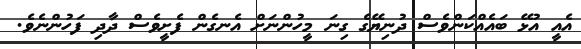
އެއީ އުޅޭ ބައެއްކަންވެސް ދުނިޔޭގެ ގިނަ މީހުންނަށް އެނގެން ފެށީވެސް ދާދި ފަހުންނެވެ.